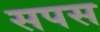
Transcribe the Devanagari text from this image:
सपस